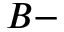
B -